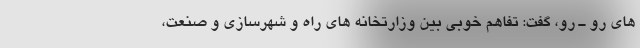
های رو ـ رو، گفت: تفاهم خوبی بین وزارتخانه های راه و شهرسازی و صنعت،